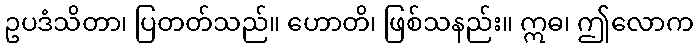
ဥပဒံသိတာ၊ ပြတတ်သည်။ ဟောတိ၊ ဖြစ်သနည်း။ ဣဓ၊ ဤလောက